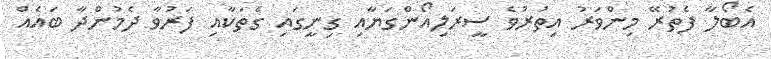
އެބޯލާ ފެތުރޭ މިންވަރު އިތުރުވެ ސީރަލިއޯންގަޔާއި ގިނީގައި ގެތަކާއި ފަރުވާ ދެމުންދާ ބައެއް